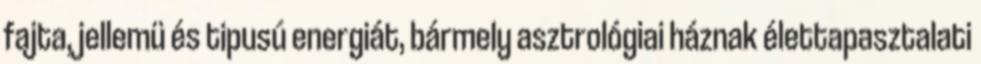
fajta, jellemü és tipusú energiát, bármely asztrológiai háznak élettapasztalati